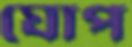
ঘোপ